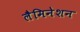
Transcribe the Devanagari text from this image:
लैमिनेशन